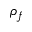
\rho _ { f }